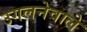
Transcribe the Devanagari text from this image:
उगलनेवाले